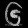
Digit: ၆